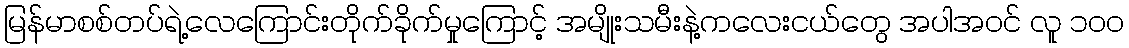
မြန်မာစစ်တပ်ရဲ့လေကြောင်းတိုက်ခိုက်မှုကြောင့် အမျိုးသမီးနဲ့ကလေးငယ်တွေ အပါအဝင် လူ ၁၀၀